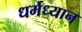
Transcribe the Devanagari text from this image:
धर्मध्यान